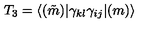
T _ { 3 } = \langle ( \tilde { m } ) | \gamma _ { k l } \gamma _ { i j } | ( m ) \rangle